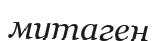
мутаген